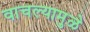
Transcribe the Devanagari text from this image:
वाचल्यामुळे